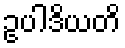
ဥပါဒိယတိ